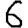
Digit: 6